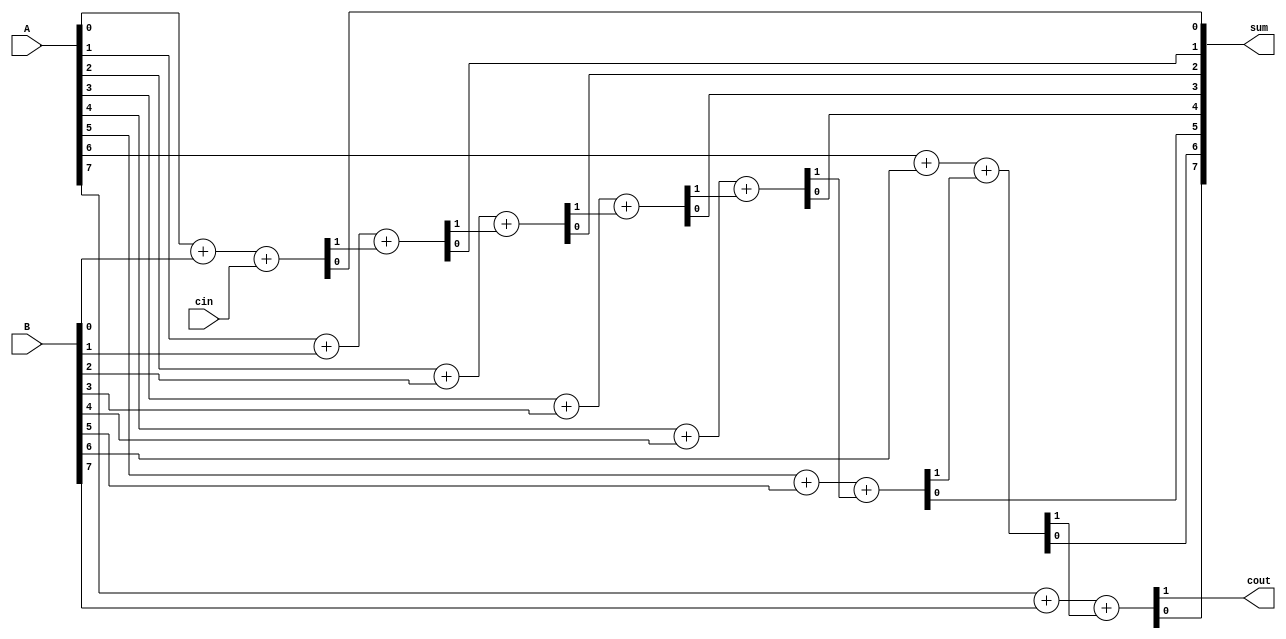
module ripple (A,B,cin, cout, sum); 
input [7:0] A,B; 
input cin; 
output reg cout; 
output reg [7:0] sum; 
reg [8:0] c;
integer i; 
always @(*) begin 
c[0] = cin; 
for( i =0 ; i<8; i = i +1) 
onebit_adder(A[i], B[i] , c[i],sum[i], c[ i+1]); 
cout = c[8]; 
end 
task onebit_adder; 
input A,B,C; 
output s , cout; 
begin 
{cout,s} = A+B+C; 
end 
endtask 
endmodule